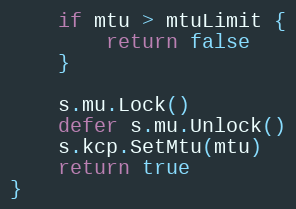
Language: Go
	if mtu > mtuLimit {
		return false
	}

	s.mu.Lock()
	defer s.mu.Unlock()
	s.kcp.SetMtu(mtu)
	return true
}